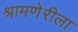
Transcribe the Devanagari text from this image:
श्रामणेरीला